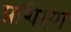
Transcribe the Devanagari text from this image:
प्रशिक्ष्ण